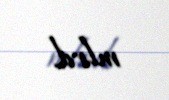
mlrd.